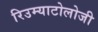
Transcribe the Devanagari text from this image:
रिउम्याटोलोजी